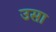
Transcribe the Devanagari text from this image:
उसा